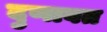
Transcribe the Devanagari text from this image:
दुणावत